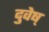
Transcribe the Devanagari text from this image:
दुवेष्